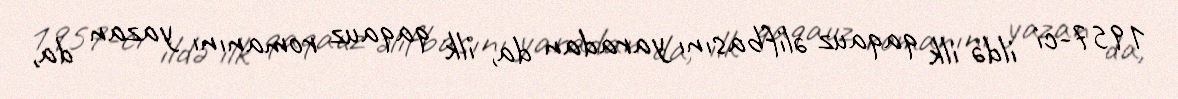
1957-ci ildə ilk qaqauz əlifbasını yaradan da, ilk qaqauz romanını yazan da,